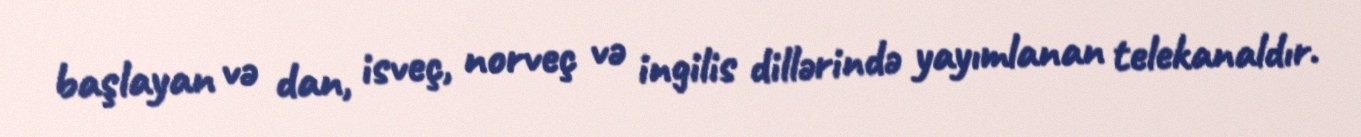
başlayan və dan, isveç, norveç və ingilis dillərində yayımlanan telekanaldır.